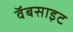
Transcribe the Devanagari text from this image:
वॅबसाइट